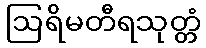
ဩရိမတီရသုတ္တံ